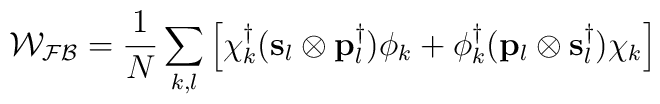
{\mathcal{W_{FB}}}=\frac{1}{N}\sum\limits_{k,l}\left[{\bf{\chi}}_{k}^{\dag}({\bf{s}}_l\otimes{\bf{p}}_l^{\dag})\phi_k+\phi^{\dag}_{k}({\bf{p}}_l\otimes{\bf{s}}_l^{\dag})\chi_k\right]